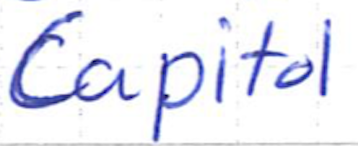
Text: Capitol
Cross-out: clean
Writing tool: ballpoint